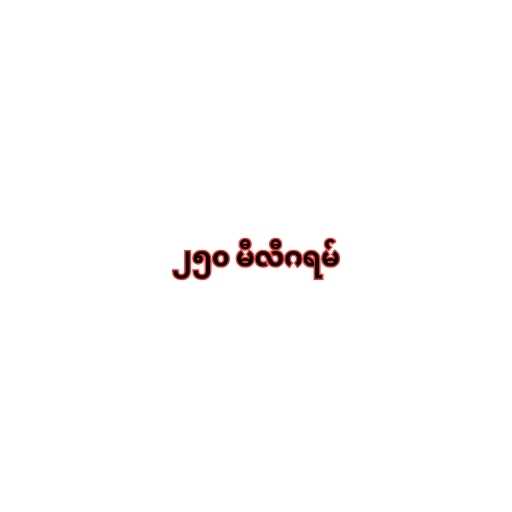
၂၅၀ မီလီဂရမ်